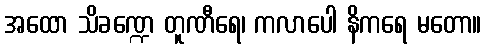
အထော သိခဏ္ဍေ တူဏီရေ၊ ကလာပေါ နိကရေ မတော။